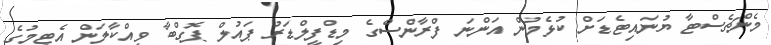
މެންޗެސްޓާ ޔުނައިޓެޑަށް ކުޅެމުން އަންނަ ފްރާންސްގެ މިޑްފީލްޑަރު ޕައުލް ޕޮގްބާ ވިއްކާލަން އެޓީމުގެ